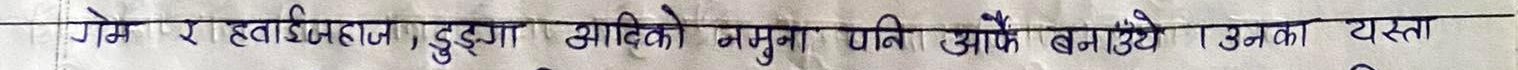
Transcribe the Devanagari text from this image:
गेम र हवाइजहाज, डुङ्गा आदिको नमुना पनि आफैँ बनाइयो। उनका यस्ता